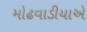
મોઢવાડીયાએ